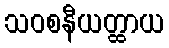
သဝစနီယတ္ထာယ